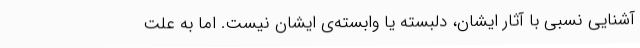
آشنایی نسبی با آثار ایشان، دلبسته یا وابسته‌ی ایشان نیست. اما به علت